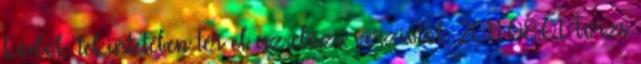
kódok tekintetében tér el az előző verziótól. 2011.08.01. Törzs